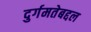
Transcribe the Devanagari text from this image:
दुर्गमतेबद्दल